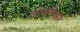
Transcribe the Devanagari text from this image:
आंगचेकर